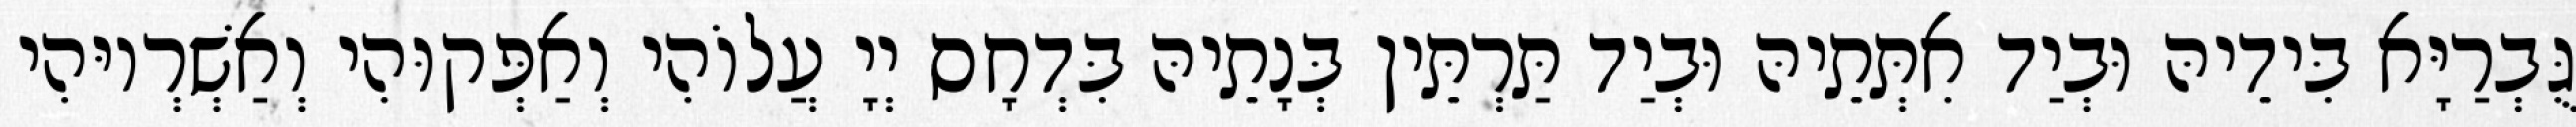
גֻּבְרַיָּא בִּידֵיהּ וּבְיַד אִתְּתֵיהּ וּבְיַד תַּרְתֵּין בְּנָתֵיהּ בִּדְחָס יְיָ עֲלוֹהִי וְאַפְּקוּהִי וְאַשְׁרְיוּהִי